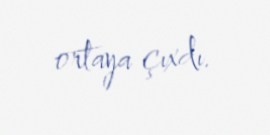
ortaya çıxdı.